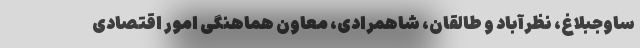
ساوجبلاغ، نظرآباد و طالقان، شاهمرادی، معاون هماهنگی امور اقتصادی